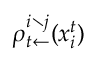
\rho _ { t \leftarrow } ^ { i \setminus j } ( x _ { i } ^ { t } )